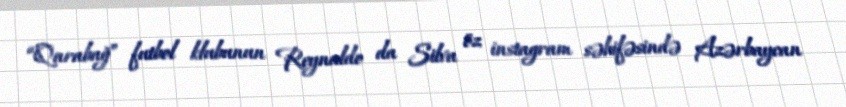
“Qarabağ” futbol klubunun Reynaldo da Silva öz instagram səhifəsində Azərbaycan